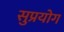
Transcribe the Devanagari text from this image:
सुप्रयोग